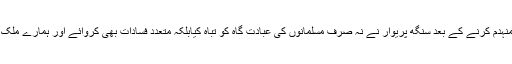
6دسمبر 1992 کو صدیوں پرانی بابری مسجدکو منہدم کرنے کے بعد سنگھ پریوار نے نہ صرف مسلمانوں کی عبادت گاہ کو تباہ کیابلکہ متعدد فسادات بھی کروائے اور ہمارے ملک کے نظریات ،اقدار اور آئین کو نقصان پہنچایا ہے۔